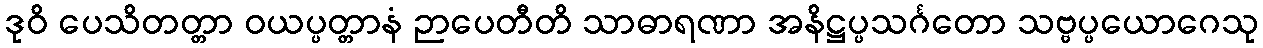
ဒုဝိ ပေသိတတ္တာ ဝယပ္ပတ္တာနံ ဉာပေတီတိ သာဓာရဏာ အနိဋ္ဌပ္ပသင်္ဂတော သဗ္ဗပ္ပယောဂေသု